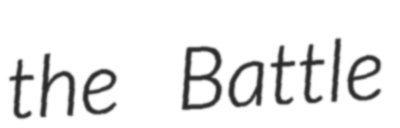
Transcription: the Battle